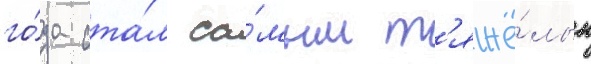
го́да ста́л са́мым т'яжё́лым